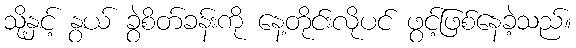
သို့နှင့် နွယ် ခွဲစိတ်ခန်းကို နေ့တိုင်းလိုပင် ဖွင့်ဖြစ်နေခဲ့သည်။